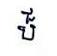
ប៏